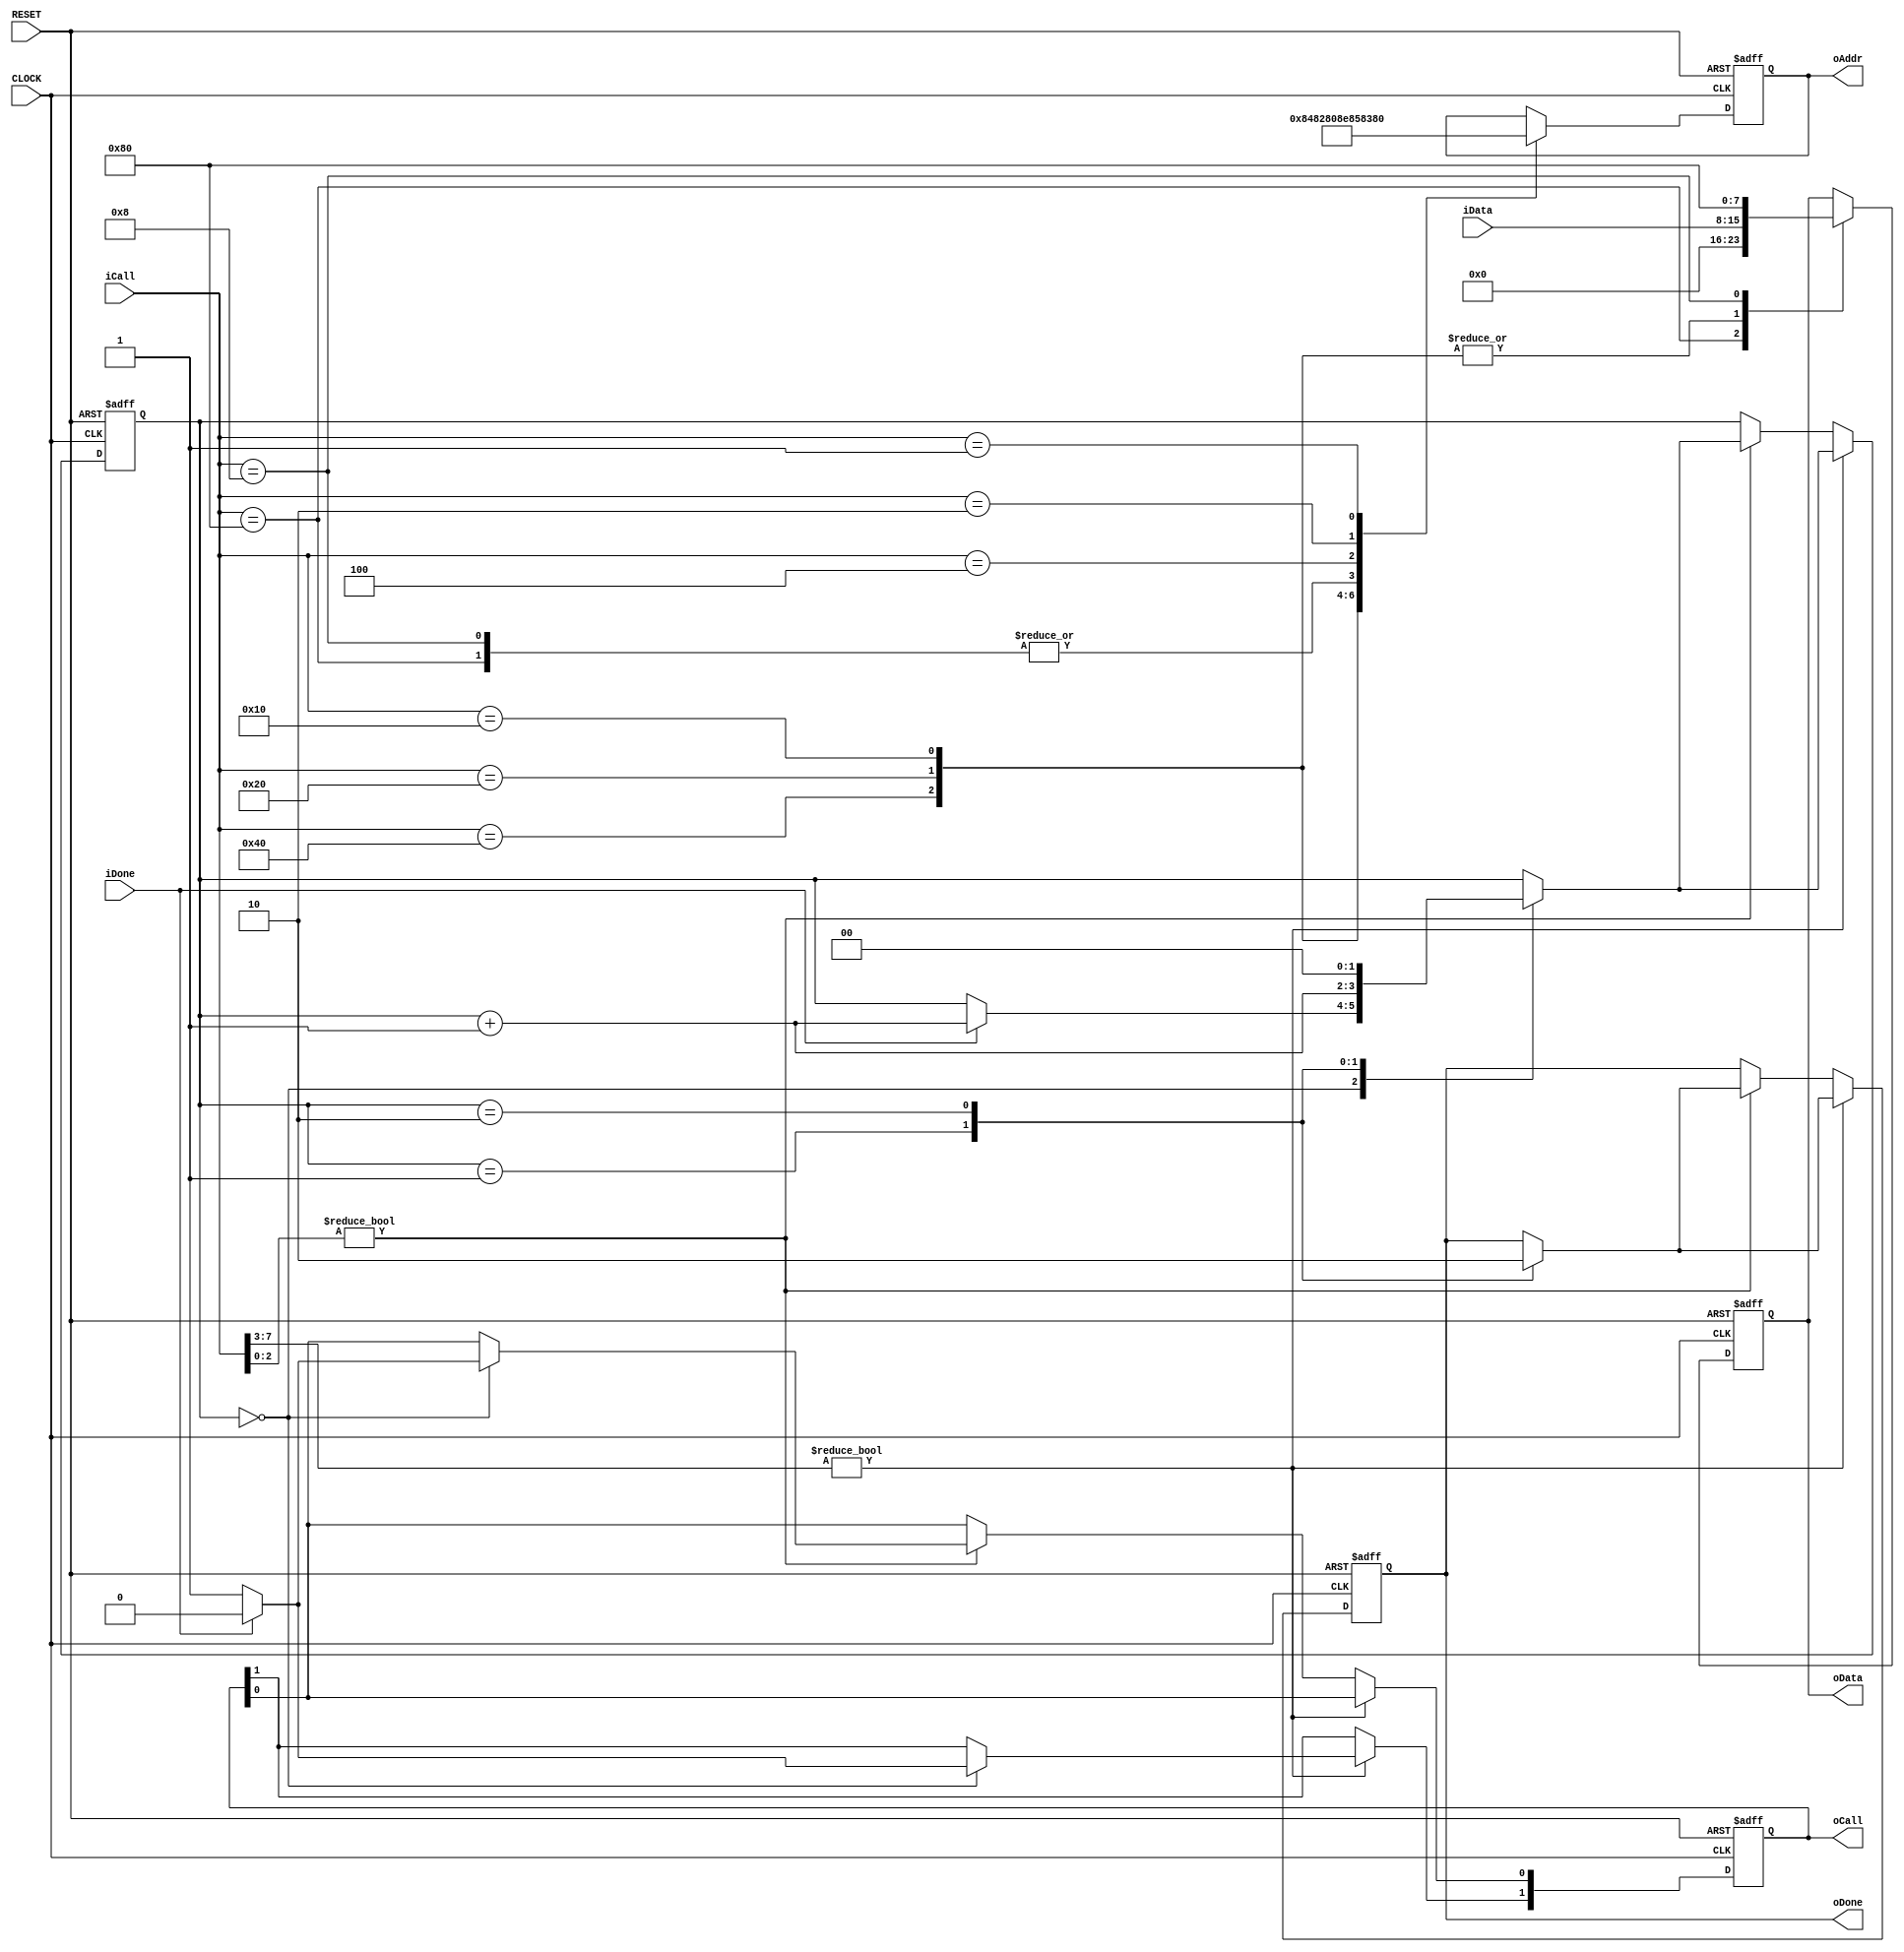
module ds1302_ctrlmod
(
    input CLOCK, RESET,	 
	 input [7:0]iCall,
	 output oDone,
	 input [7:0]iData,
	 output [1:0]oCall,
	 input iDone,
	 output [7:0]oAddr, oData
);	 
	 reg [7:0]D1,D2;
	 
	 always @ ( posedge CLOCK or negedge RESET )
	     if( !RESET )
		      begin
				    D1 <= 8'd0;
					 D2 <= 8'd0;
				end
		  else 
		      case( iCall[7:0] )
				
				    8'b1000_0000 : // Write unprotect
					 begin D1 = 8'h8E; D2 = 8'b0000_0000; end
					
				    8'b0100_0000 : // Write hour
					 begin D1 = 8'h84; D2 = iData; end
					 
					 8'b0010_0000 : // Write minit
					 begin D1 = 8'h82; D2 = iData; end
					 
					 8'b0001_0000 : // Write second
					 begin D1 = 8'h80; D2 = iData; end
					 
					 8'b0000_1000 : // Write protect
					 begin D1 = 8'h8E; D2 = 8'b1000_0000; end
					 
					 8'b0000_0100 : // Read hour
					 begin D1 = 8'h85; end
					 
					 8'b0000_0010 : // Read minit
					 begin D1 = 8'h83; end
					 
					 8'b0000_0001 : // Read second  
					 begin D1 = 8'h81; end
				
				endcase
	 
	 reg [1:0]i;
	 reg [1:0]isCall;
	 reg isDone;
	 
	 always @ ( posedge CLOCK or negedge RESET )
	     if( !RESET )
		      begin
				     i <= 2'd0;
					 isCall <= 2'b00;
					 isDone <= 1'b0;
				end
		  else if( iCall[7:3] ) // Write action
		      case( i )
				
				    0 :
					 if( iDone ) begin isCall[1] <= 1'b0; i <= i + 1'b1; end
					 else begin isCall[1] <= 1'b1; end
					 
					 1 :
					 begin isDone <= 1'b1; i <= i + 1'b1; end
					 
					 2 :
					 begin isDone <= 1'b0; i <= 2'd0; end
					  
				endcase
		  else if( iCall[2:0] ) // Read action
		      case( i )
				
				    0 :
					 if( iDone ) begin isCall[0] <= 1'b0; i <= i + 1'b1; end
					 else begin isCall[0] <= 1'b1; end
					 
					 1 :
					 begin isDone <= 1'b1; i <= i + 1'b1; end
					 
					 2 :
					 begin isDone <= 1'b0; i <= 2'd0; end
					  
				endcase
	  
	  assign oDone = isDone;
	  assign oCall = isCall;
	  assign oAddr = D1;
	  assign oData = D2;

endmodule